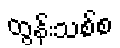
ထွန်းသစ်စ